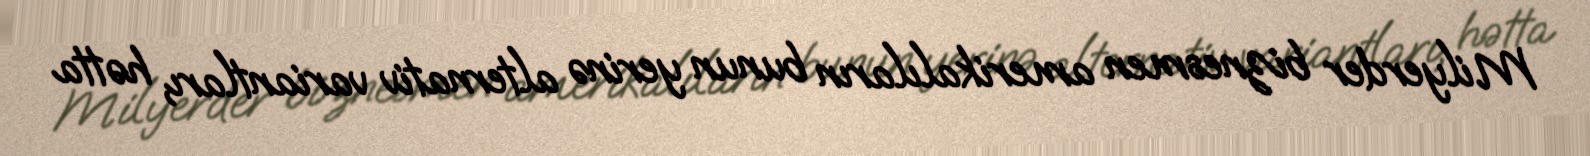
Milyerder biznesmen amerikalıların bunun yerinə alternativ variantları, hətta